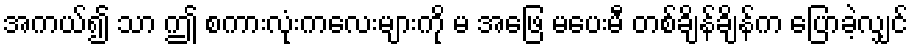
အကယ်၍ သာ ဤ စကားလုံးကလေးများကို မ အဖြေ မပေးမီ တစ်ချိန်ချိန်က ပြောခဲ့လျှင်